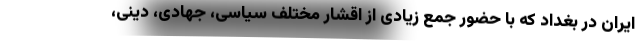
ایران در بغداد که با حضور جمع زیادی از اقشار مختلف سیاسی، جهادی، دینی،